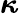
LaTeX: \boldsymbol{\kappa}